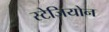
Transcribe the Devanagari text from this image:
स्टेज़ियोन